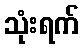
သုံးရက်